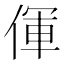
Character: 㑮